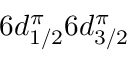
6 d _ { 1 / 2 } ^ { \pi } 6 d _ { 3 / 2 } ^ { \pi }